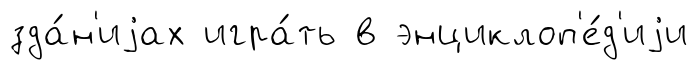
зда́н'иjах игра́ть в энциклоп'е́д'иjи